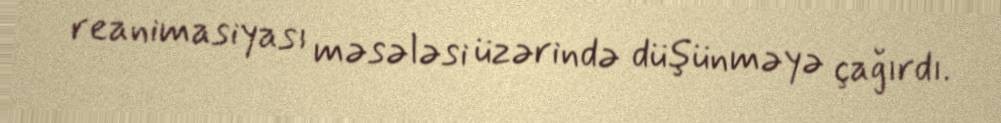
reanimasiyası məsələsi üzərində düşünməyə çağırdı.